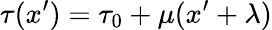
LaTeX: \tau(x^{\prime})=\tau_{0}+\mu(x^{\prime}+\lambda)